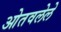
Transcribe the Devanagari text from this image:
ओतवलेले